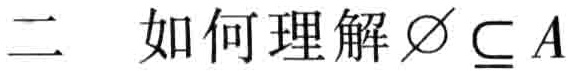
二 如何理解$\varnothing \subseteq A$